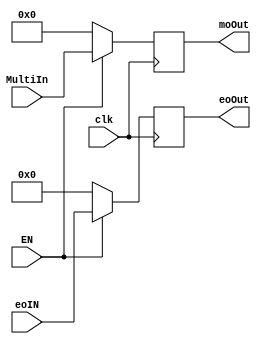
module register2(
input EN,clk,
input [7:0]eoIN,
input [47:0] MultiIn,
output reg [7:0] eoOut,
output reg [47:0]moOut
);
always @(posedge clk)
	if (EN == 1'b1)
	 begin
	eoOut <= eoIN;
	moOut <= MultiIn;
	end
	else begin
	eoOut <= 0;
	moOut <= 0;
	end

endmodule